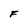
Character: F